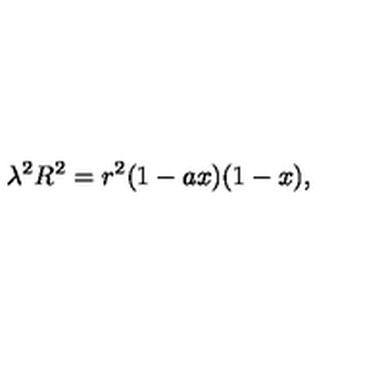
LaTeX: { \lambda } ^ { 2 } R ^ { 2 } = r ^ { 2 } ( 1 - a x ) ( 1 - x ) ,